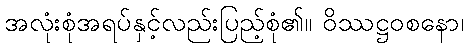
အလုံးစုံအရပ်နှင့်လည်းပြည့်စုံ၏။ ဝိဿဋ္ဌဝစနော၊